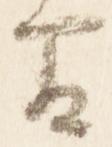
間